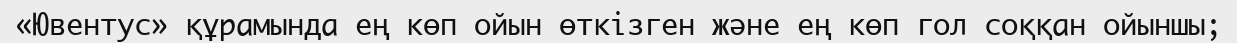
«Ювентус» құрамында ең көп ойын өткізген және ең көп гол соққан ойыншы;